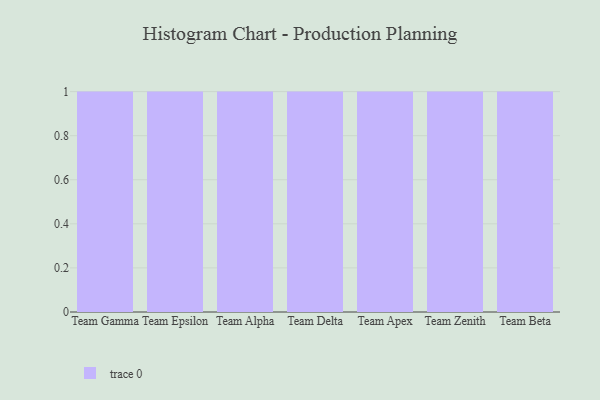
{"axis": {"x": "Team", "y": "Energy Usage (MWh)"}, "legend": [""], "data": [{"x": "Team Gamma", "y": 31, "type": ""}, {"x": "Team Epsilon", "y": 91, "type": ""}, {"x": "Team Alpha", "y": 86, "type": ""}, {"x": "Team Delta", "y": 54, "type": ""}, {"x": "Team Apex", "y": 81, "type": ""}, {"x": "Team Zenith", "y": 87, "type": ""}, {"x": "Team Beta", "y": 78, "type": ""}]}